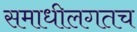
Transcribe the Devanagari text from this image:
समाधीलगतच